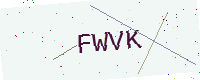
Text: FWVK